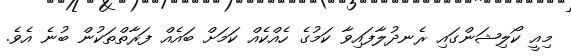
މިއީ ކޯލިޝަންގައި ރެނދުލާފައިވާ ކަމުގެ ހެއްކެއް ކަމަށް ބައެއް ފަރާތްތަކުން ބުނެ އެވެ.